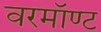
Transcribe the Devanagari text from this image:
वरमॉण्ट